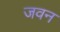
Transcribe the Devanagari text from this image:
जवन